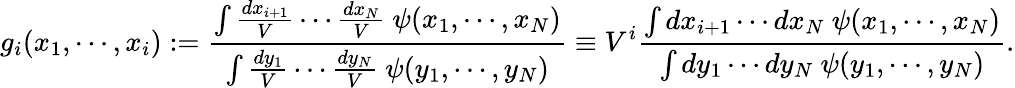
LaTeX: g_{i}(x_{1},\cdots,x_{i}):=\frac{\int\frac{dx_{i+1}}V\cdots\frac{dx_{N}}V\ \psi(x_{1},\cdots,x_{N})}{\int\frac{dy_{1}}V\cdots\frac{dy_{N}}V\ \psi(y_{1},\cdots,y_{N})}\equiv V^{i}\frac{\int dx_{i+1}\cdots dx_{N}\ \psi(x_{1},\cdots,x_{N})}{\int dy_{1}\cdots dy_{N}\ \psi(y_{1},\cdots,y_{N})}.